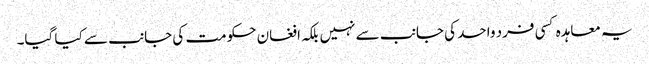
یہ معاہدہ کسی فرد واحد کی جانب سے نہیں بلکہ افغان حکومت کی جانب سے کیا گیا۔